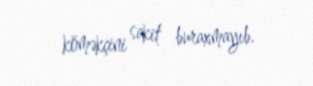
köməkçini sakit buraxmayıb.